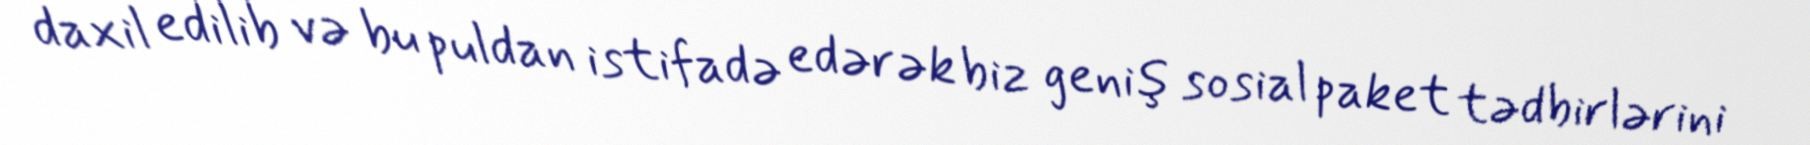
daxil edilib və bu puldan istifadə edərək biz geniş sosial paket tədbirlərini